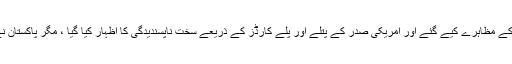
امریکی صدر کی پالیسی پر ملک بھر کے مظاہرے کیے گئے اور امریکی صدر کے پتلے اور پلے کارڈز کے ذریعے سخت ناپسندیدگی کا اظہار کیا گیا ، مگر پاکستان نے ابھی پالیسی شفٹ کا فیصلہ نہیں کیا۔